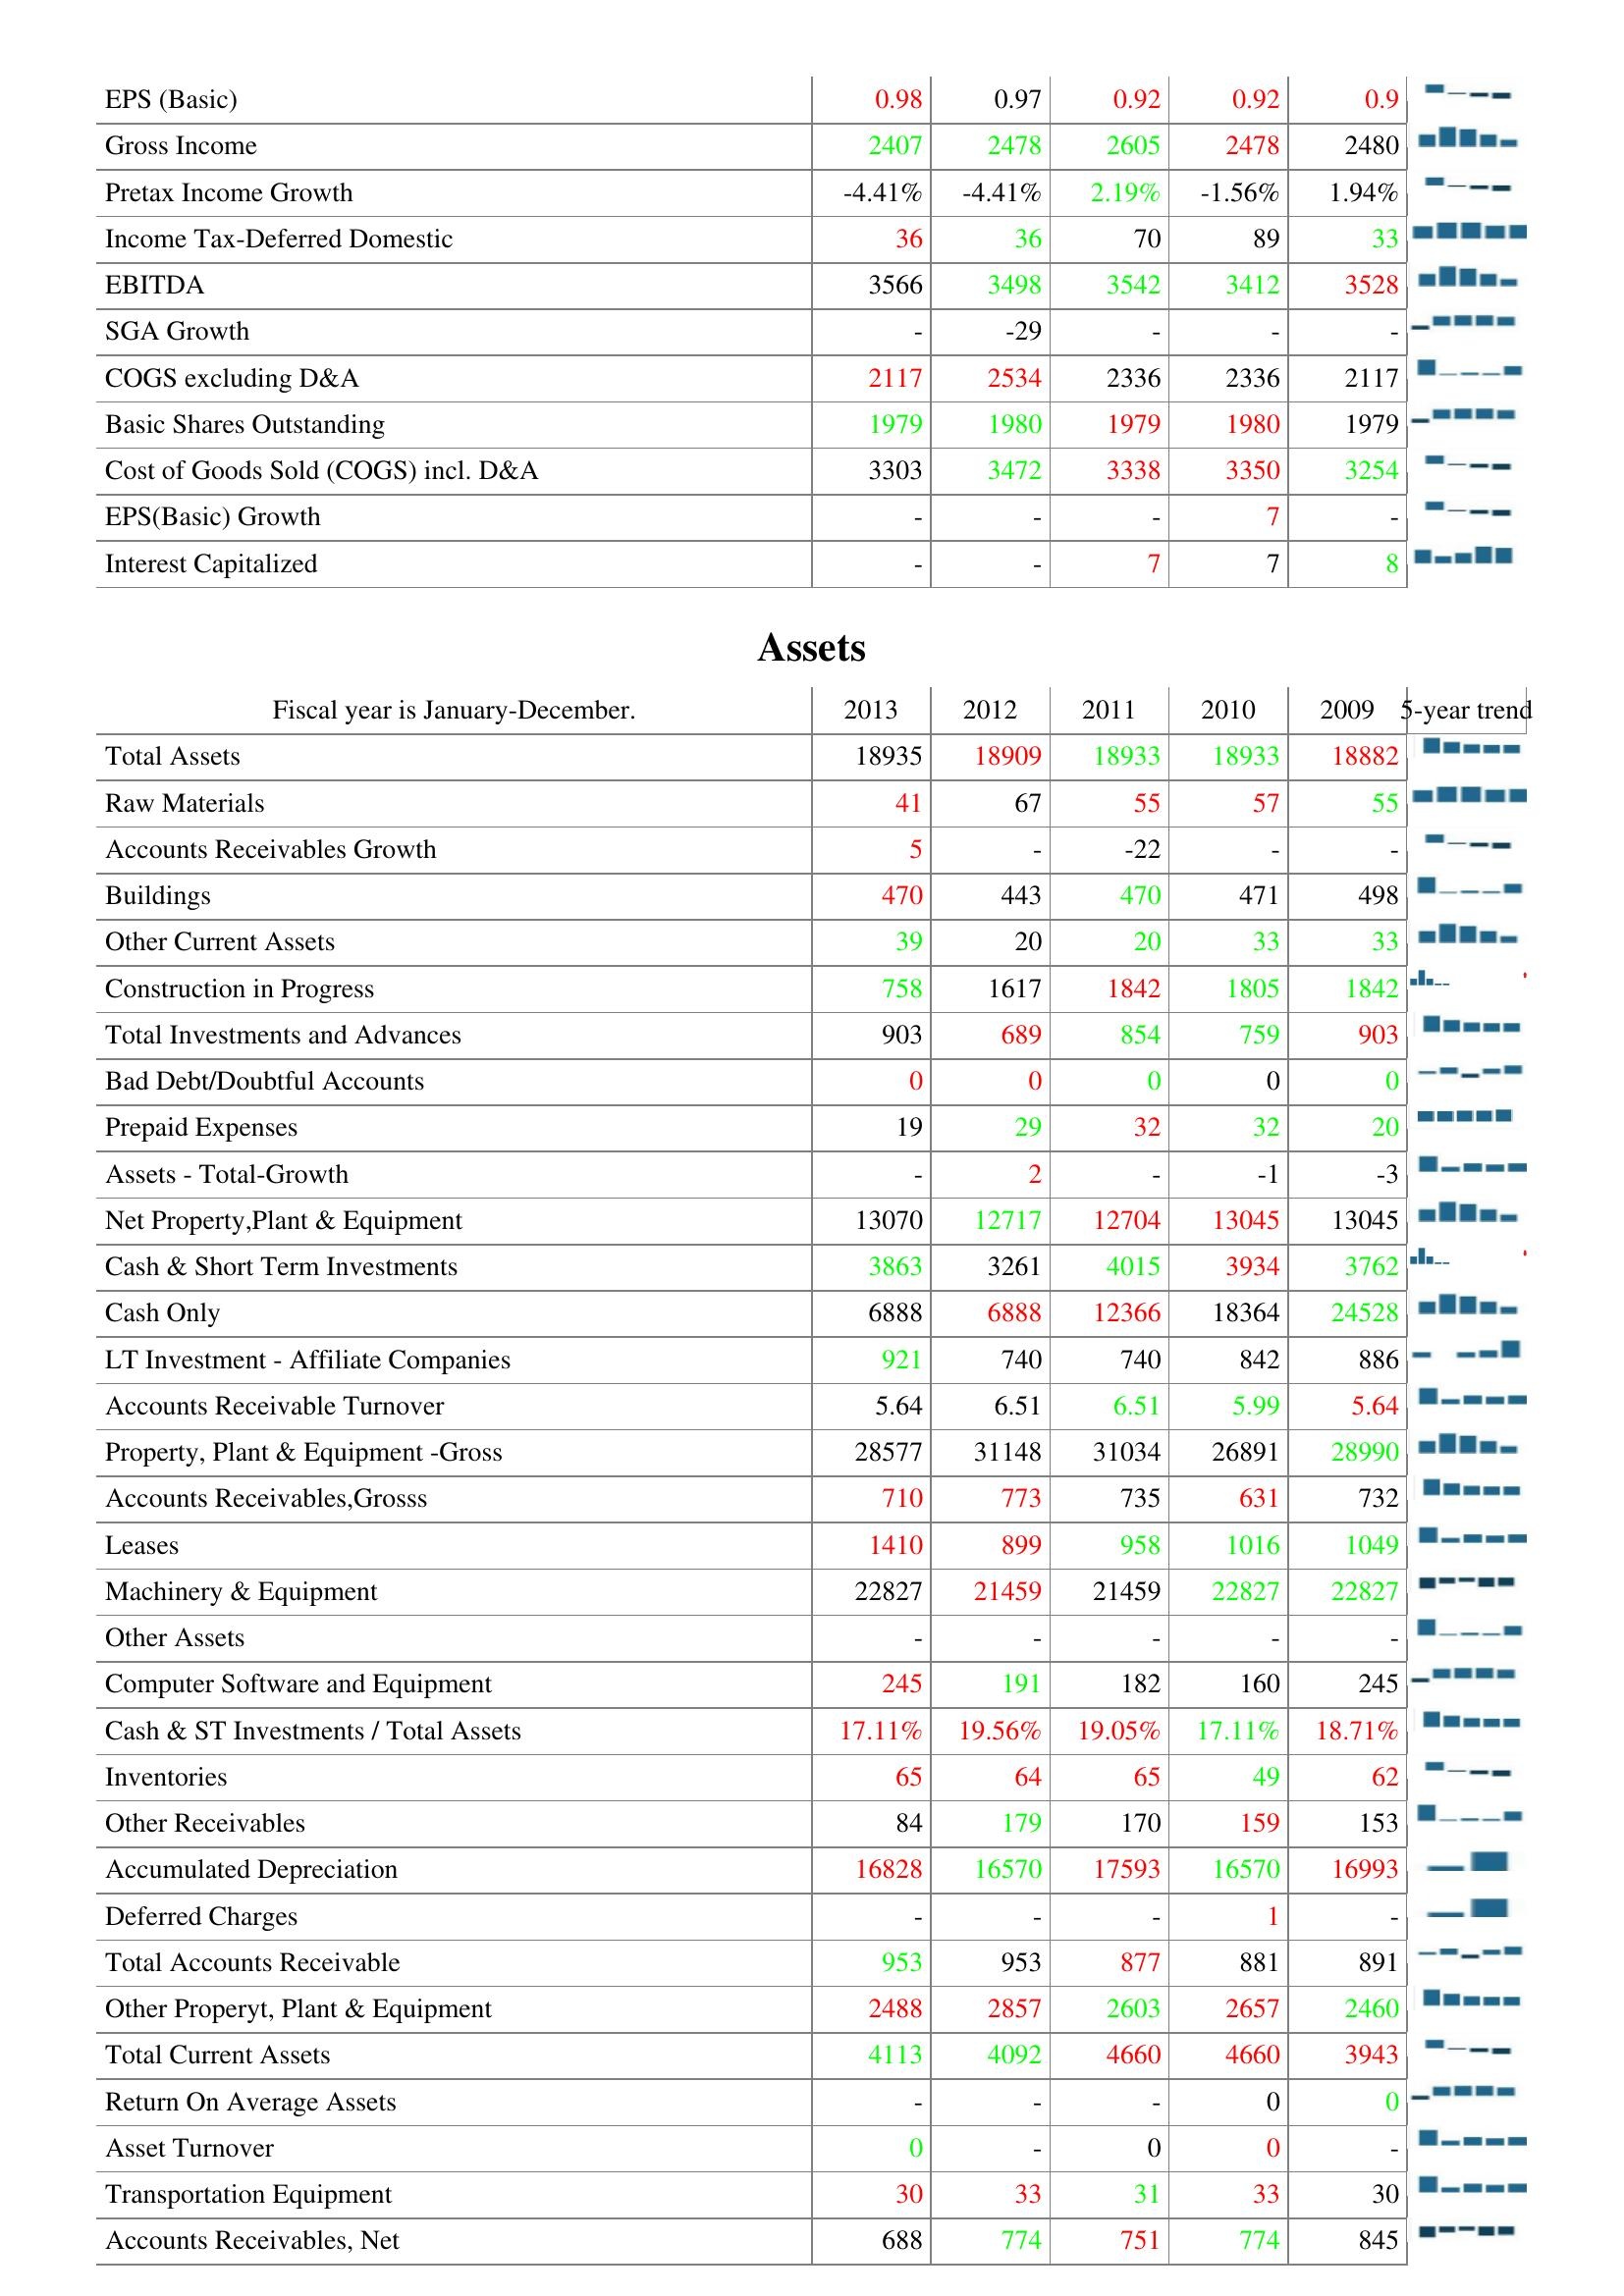
2013: : EPS (Basic): 0.98
Gross Income: 2407
Pretax Income Growth: -4.41%
Income Tax-Deferred Domestic: 36
EBITDA: 3566
SGA Growth: -
COGS excluding D&A: 2117
Basic Shares Outstanding: 1979
Cost of Goods Sold (COGS) incl. D&A: 3303
EPS(Basic) Growth: -
Interest Capitalized: -
Assets: Total Assets: 18935
Raw Materials: 41
Accounts Receivables Growth: 5
Buildings: 470
Other Current Assets: 39
Construction in Progress: 758
Total Investments and Advances: 903
Bad Debt/Doubtful Accounts: 0
Prepaid Expenses: 19
Assets - Total-Growth: -
Net Property,Plant & Equipment: 13070
Cash & Short Term Investments: 3863
Cash Only: 6888
LT Investment - Affiliate Companies: 921
Accounts Receivable Turnover: 5.64
Property, Plant & Equipment -Gross: 28577
Accounts Receivables,Grosss: 710
Leases: 1410
Machinery & Equipment: 22827
Other Assets: -
Computer Software and Equipment: 245
Cash & ST Investments / Total Assets: 17.11%
Inventories: 65
Other Receivables: 84
Accumulated Depreciation: 16828
Deferred Charges: -
Total Accounts Receivable: 953
Other Properyt, Plant & Equipment: 2488
Total Current Assets: 4113
Return On Average Assets: -
Asset Turnover: 0
Transportation Equipment: 30
Accounts Receivables, Net: 688
2012: : EPS (Basic): 0.97
Gross Income: 2478
Pretax Income Growth: -4.41%
Income Tax-Deferred Domestic: 36
EBITDA: 3498
SGA Growth: -29
COGS excluding D&A: 2534
Basic Shares Outstanding: 1980
Cost of Goods Sold (COGS) incl. D&A: 3472
EPS(Basic) Growth: -
Interest Capitalized: -
Assets: Total Assets: 18909
Raw Materials: 67
Accounts Receivables Growth: -
Buildings: 443
Other Current Assets: 20
Construction in Progress: 1617
Total Investments and Advances: 689
Bad Debt/Doubtful Accounts: 0
Prepaid Expenses: 29
Assets - Total-Growth: 2
Net Property,Plant & Equipment: 12717
Cash & Short Term Investments: 3261
Cash Only: 6888
LT Investment - Affiliate Companies: 740
Accounts Receivable Turnover: 6.51
Property, Plant & Equipment -Gross: 31148
Accounts Receivables,Grosss: 773
Leases: 899
Machinery & Equipment: 21459
Other Assets: -
Computer Software and Equipment: 191
Cash & ST Investments / Total Assets: 19.56%
Inventories: 64
Other Receivables: 179
Accumulated Depreciation: 16570
Deferred Charges: -
Total Accounts Receivable: 953
Other Properyt, Plant & Equipment: 2857
Total Current Assets: 4092
Return On Average Assets: -
Asset Turnover: -
Transportation Equipment: 33
Accounts Receivables, Net: 774
2011: : EPS (Basic): 0.92
Gross Income: 2605
Pretax Income Growth: 2.19%
Income Tax-Deferred Domestic: 70
EBITDA: 3542
SGA Growth: -
COGS excluding D&A: 2336
Basic Shares Outstanding: 1979
Cost of Goods Sold (COGS) incl. D&A: 3338
EPS(Basic) Growth: -
Interest Capitalized: 7
Assets: Total Assets: 18933
Raw Materials: 55
Accounts Receivables Growth: -22
Buildings: 470
Other Current Assets: 20
Construction in Progress: 1842
Total Investments and Advances: 854
Bad Debt/Doubtful Accounts: 0
Prepaid Expenses: 32
Assets - Total-Growth: -
Net Property,Plant & Equipment: 12704
Cash & Short Term Investments: 4015
Cash Only: 12366
LT Investment - Affiliate Companies: 740
Accounts Receivable Turnover: 6.51
Property, Plant & Equipment -Gross: 31034
Accounts Receivables,Grosss: 735
Leases: 958
Machinery & Equipment: 21459
Other Assets: -
Computer Software and Equipment: 182
Cash & ST Investments / Total Assets: 19.05%
Inventories: 65
Other Receivables: 170
Accumulated Depreciation: 17593
Deferred Charges: -
Total Accounts Receivable: 877
Other Properyt, Plant & Equipment: 2603
Total Current Assets: 4660
Return On Average Assets: -
Asset Turnover: 0
Transportation Equipment: 31
Accounts Receivables, Net: 751
2010: : EPS (Basic): 0.92
Gross Income: 2478
Pretax Income Growth: -1.56%
Income Tax-Deferred Domestic: 89
EBITDA: 3412
SGA Growth: -
COGS excluding D&A: 2336
Basic Shares Outstanding: 1980
Cost of Goods Sold (COGS) incl. D&A: 3350
EPS(Basic) Growth: 7
Interest Capitalized: 7
Assets: Total Assets: 18933
Raw Materials: 57
Accounts Receivables Growth: -
Buildings: 471
Other Current Assets: 33
Construction in Progress: 1805
Total Investments and Advances: 759
Bad Debt/Doubtful Accounts: 0
Prepaid Expenses: 32
Assets - Total-Growth: -1
Net Property,Plant & Equipment: 13045
Cash & Short Term Investments: 3934
Cash Only: 18364
LT Investment - Affiliate Companies: 842
Accounts Receivable Turnover: 5.99
Property, Plant & Equipment -Gross: 26891
Accounts Receivables,Grosss: 631
Leases: 1016
Machinery & Equipment: 22827
Other Assets: -
Computer Software and Equipment: 160
Cash & ST Investments / Total Assets: 17.11%
Inventories: 49
Other Receivables: 159
Accumulated Depreciation: 16570
Deferred Charges: 1
Total Accounts Receivable: 881
Other Properyt, Plant & Equipment: 2657
Total Current Assets: 4660
Return On Average Assets: 0
Asset Turnover: 0
Transportation Equipment: 33
Accounts Receivables, Net: 774
2009: : EPS (Basic): 0.9
Gross Income: 2480
Pretax Income Growth: 1.94%
Income Tax-Deferred Domestic: 33
EBITDA: 3528
SGA Growth: -
COGS excluding D&A: 2117
Basic Shares Outstanding: 1979
Cost of Goods Sold (COGS) incl. D&A: 3254
EPS(Basic) Growth: -
Interest Capitalized: 8
Assets: Total Assets: 18882
Raw Materials: 55
Accounts Receivables Growth: -
Buildings: 498
Other Current Assets: 33
Construction in Progress: 1842
Total Investments and Advances: 903
Bad Debt/Doubtful Accounts: 0
Prepaid Expenses: 20
Assets - Total-Growth: -3
Net Property,Plant & Equipment: 13045
Cash & Short Term Investments: 3762
Cash Only: 24528
LT Investment - Affiliate Companies: 886
Accounts Receivable Turnover: 5.64
Property, Plant & Equipment -Gross: 28990
Accounts Receivables,Grosss: 732
Leases: 1049
Machinery & Equipment: 22827
Other Assets: -
Computer Software and Equipment: 245
Cash & ST Investments / Total Assets: 18.71%
Inventories: 62
Other Receivables: 153
Accumulated Depreciation: 16993
Deferred Charges: -
Total Accounts Receivable: 891
Other Properyt, Plant & Equipment: 2460
Total Current Assets: 3943
Return On Average Assets: 0
Asset Turnover: -
Transportation Equipment: 30
Accounts Receivables, Net: 845